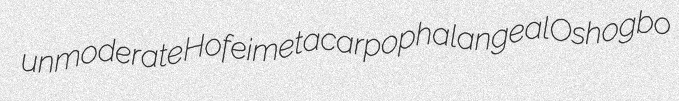
unmoderate Hofei metacarpophalangeal Oshogbo